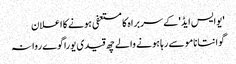
'یوایس ایڈ' کے سربراہ کا مستعفی ہونے کا اعلان
گوانتانامو سے رہا ہونے والے چھ قیدی یوراگوے روانہ